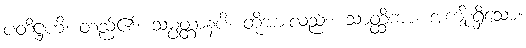
ပတိဋ္ဌဟိ၊ တည်၏။ သမ္ပတ္တာနံပိ၊ တို့အားလည်း။ သာတ္ထိကာ၊ အကျိုးရှိသော။